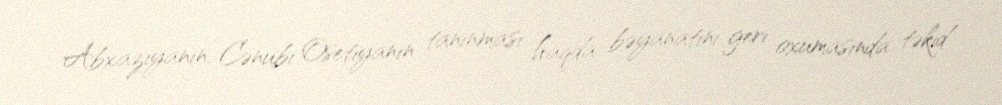
Abxaziyanın, Cənubi Osetiyanın tanınması haqda bəyanatını geri oxumasında təkid